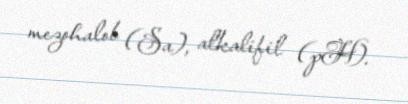
mezohalob (Sa), alkalifil (pH).